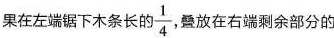
果在左端锯下木条长的 \frac{1}{4} 叠放在右端剩余部分的